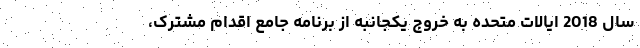
سال 2018 ایالات متحده به خروج یکجانبه از برنامه جامع اقدام مشترک،